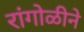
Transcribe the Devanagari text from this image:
रांंगोळीने